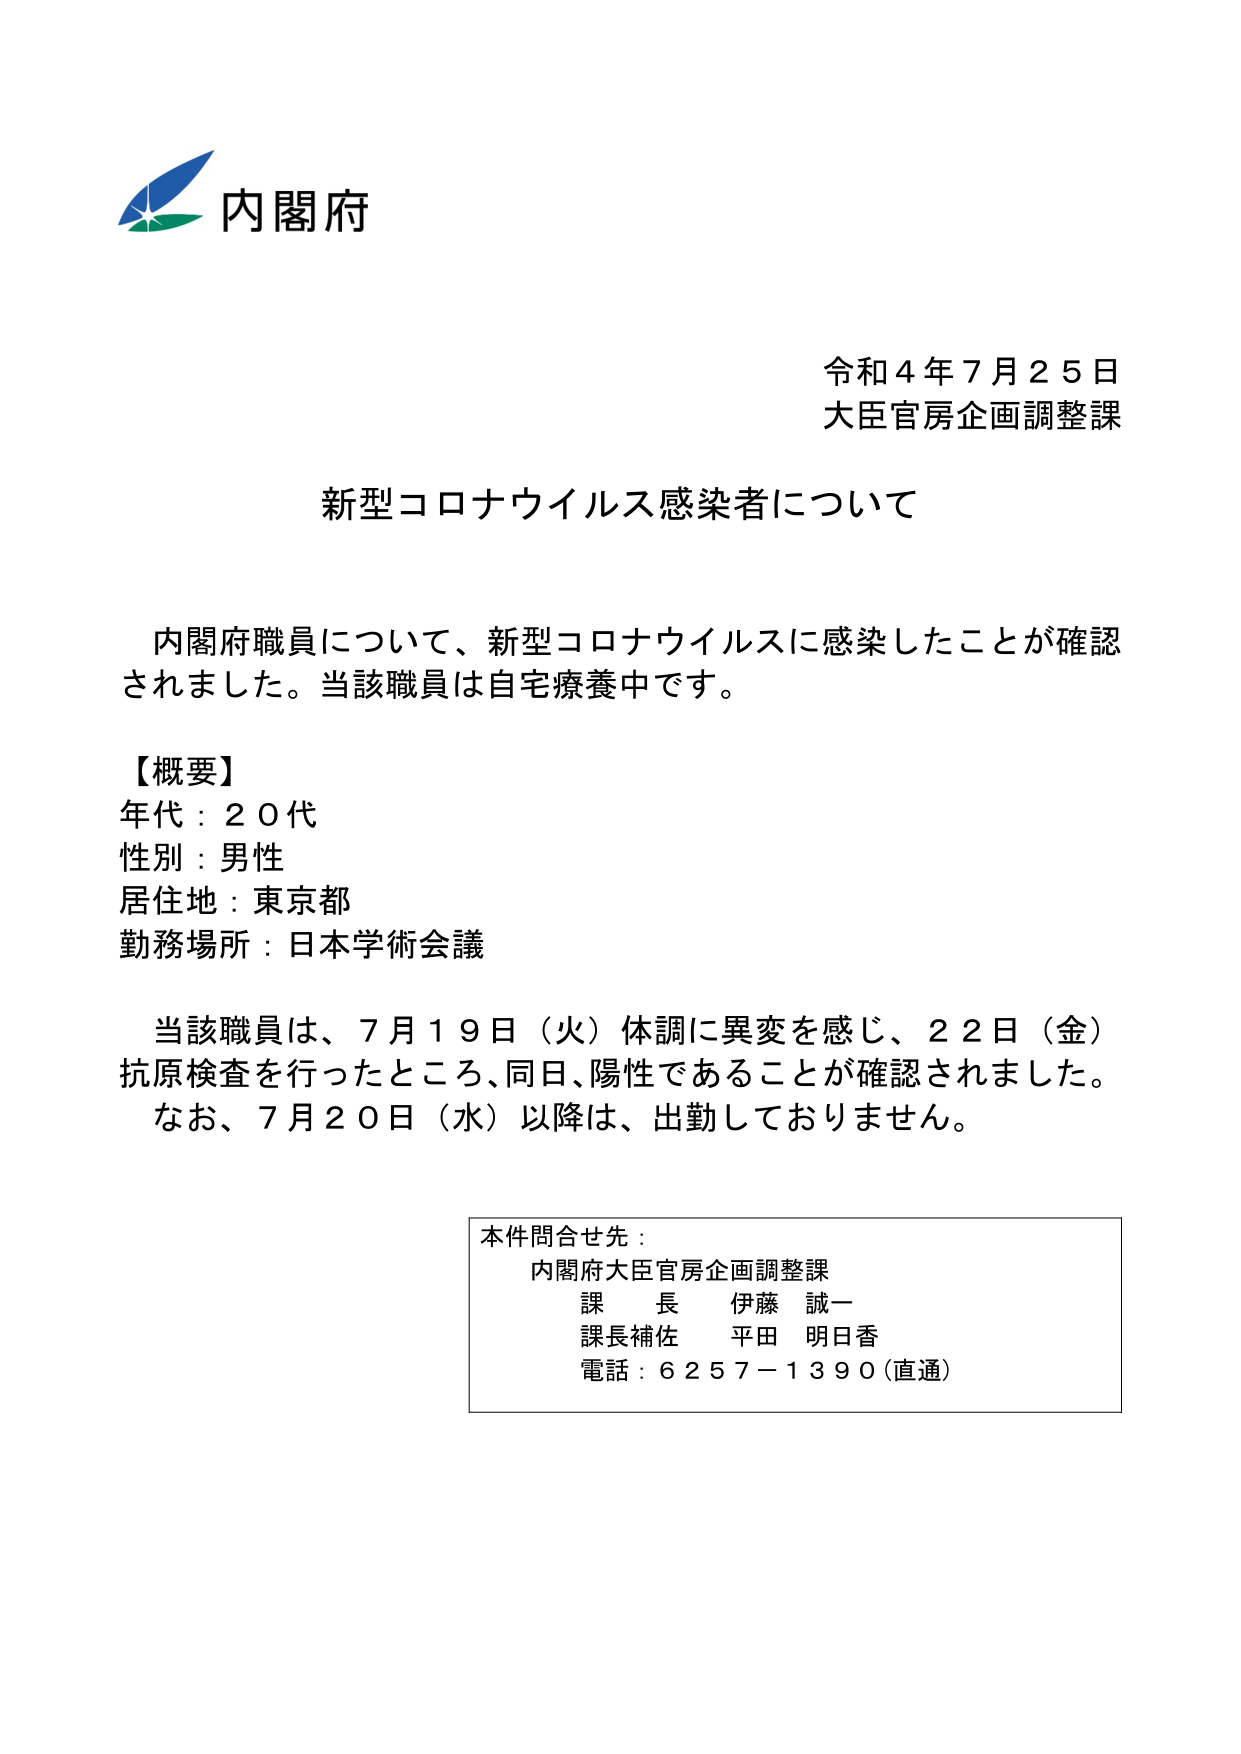
内閣府

令和４年７月２５日
大臣官房企画調整課

新型コロナウイルス感染者について

内閣府職員について、新型コロナウイルスに感染したことが確認されました。当該職員は自宅療養中です。

【概要】
年代：２０代
性別：男性
居住地：東京都
勤務場所：日本学術会議

当該職員は、７月１９日（火）体調に異変を感じ、２２日（金）抗原検査を行ったところ、同日、陽性であることが確認されました。
なお、７月２０日（水）以降は、出勤しておりません。

本件問合せ先：
内閣府大臣官房企画調整課
課長 伊藤 誠一
課長補佐 平田 明日香
電話：６２５７－１３９０（直通）